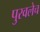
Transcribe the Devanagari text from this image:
पुरवलेच